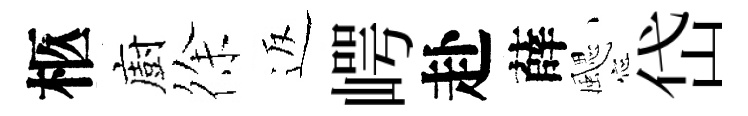
柩廚徐返崿赴薛颸岱